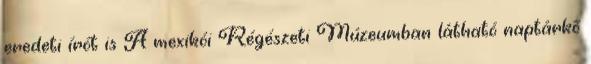
eredeti írót is A mexikói Régészeti Múzeumban látható naptárkő